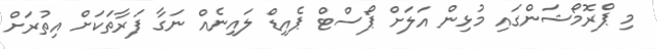
މި ޕްރޮމޯޝަންގައި މުޅިން އަލަށް ޕޯސްޓް ޕެއިޑް ލައިނެއް ނަގާ ފަރާތަކަށް އިތުރަށް